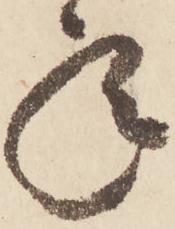
年